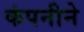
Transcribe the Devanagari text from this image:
कंपनीने